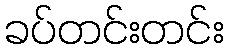
ခပ်တင်းတင်း